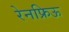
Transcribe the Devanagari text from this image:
रेनफ्रिऊ